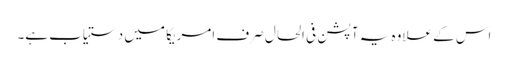
اس کے علاوہ یہ آپشن فی الحال صرف امریکا میں دستیاب ہے۔